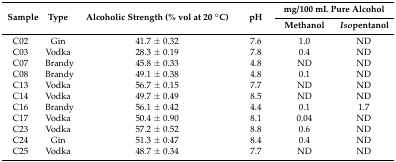
| <ROWSPAN=2> Sample | <ROWSPAN=2> Type | <ROWSPAN=2> Alcoholic Strength (% vol at 20 °C) | <ROWSPAN=2> pH | <COLSPAN=2> mg/100 mL Pure Alcohol |
 | Methanol | Isopentanol |
 | --- | --- | --- | --- | --- | --- |
 | C02 | Gin | 41.7 ± 0.32 | 7.6 | 1.0 | ND |
 | C03 | Vodka | 28.3 ± 0.19 | 7.8 | 0.4 | ND |
 | C07 | Brandy | 45.8 ± 0.33 | 4.8 | ND | ND |
 | C08 | Brandy | 49.1 ± 0.38 | 4.8 | 0.1 | ND |
 | C13 | Vodka | 56.7 ± 0.15 | 7.7 | ND | ND |
 | C14 | Vodka | 49.7 ± 0.49 | 8.5 | ND | ND |
 | C16 | Brandy | 56.1 ± 0.42 | 4.4 | 0.1 | 1.7 |
 | C17 | Vodka | 50.4 ± 0.90 | 8.1 | 0.04 | ND |
 | C23 | Vodka | 57.2 ± 0.52 | 8.8 | 0.6 | ND |
 | C24 | Gin | 51.3 ± 0.47 | 8.4 | 0.4 | ND |
 | C25 | Vodka | 48.7 ± 0.34 | 7.7 | ND | ND |